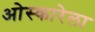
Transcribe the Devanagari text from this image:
ओस्कारेला